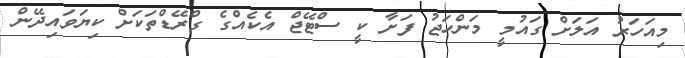
މިއަހަރު އަލަށް ގައުމީ މަންހަޖު ފަށާ ކީ ސްޓޭޖް އެކެއްގެ ގްރޭޑްތަކަށް ކިޔަވައިދޭން